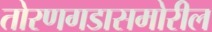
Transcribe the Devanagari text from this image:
तोरणगडासमोरील